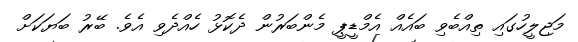
މަޖިލީހުގައި ތިއްބެވި ބައެއް އެމްޑީޕީ މެންބަރުން ދެކޮޅު ހެއްދެވި އެވެ. ބޭރު ބަޔަކަށް